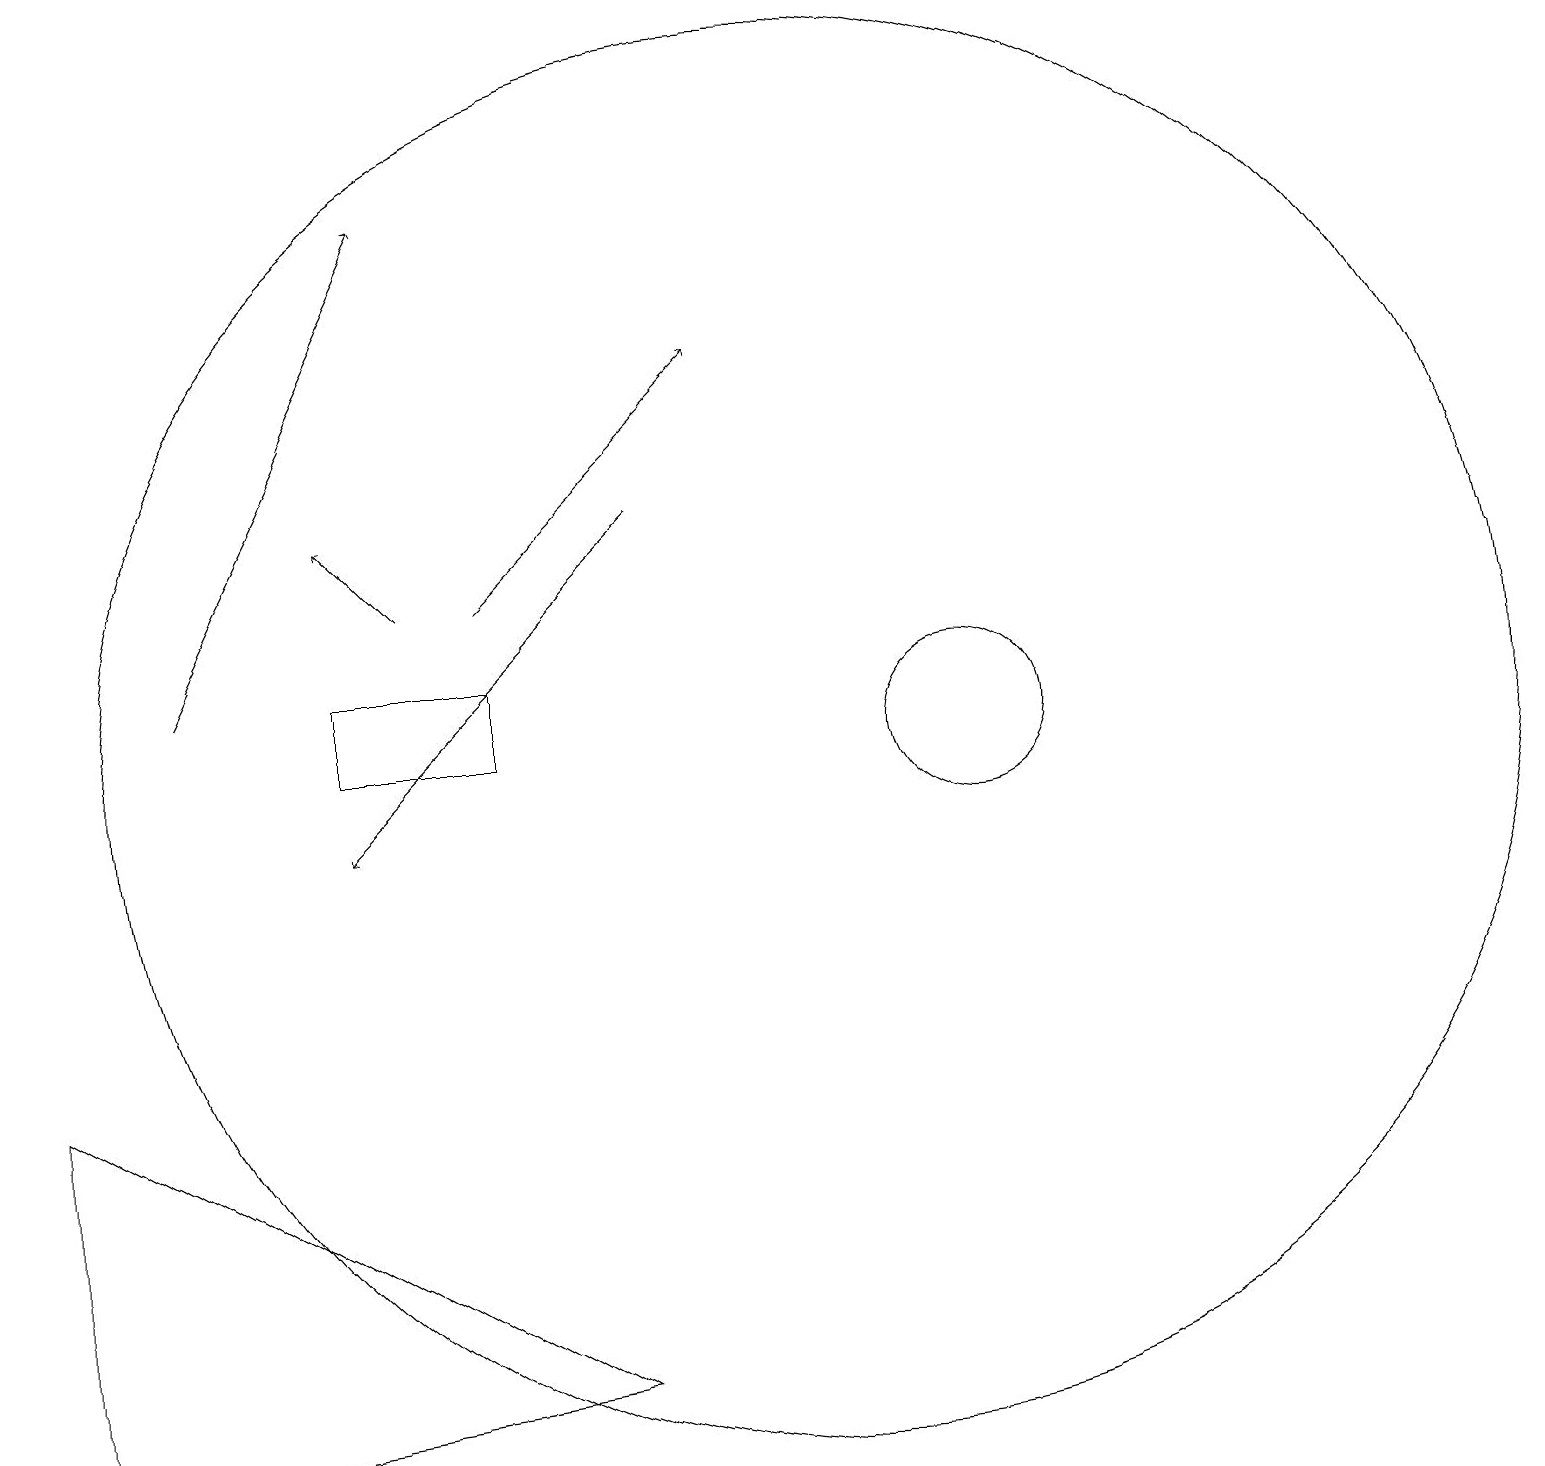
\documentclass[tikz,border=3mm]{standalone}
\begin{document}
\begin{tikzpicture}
\draw (0,2) -- (0,7) -- (7,3) -- cycle;
\draw[->] (2,12) -- (5,18);
\draw[->] (6,13) -- (9,16);
\draw[->] (5,13) -- (4,14);
\draw (4,12) rectangle (6,11);
\draw[->] (8,14) -- (4,10);
\draw (12,11) circle (1);
\draw (10,11) circle (9);
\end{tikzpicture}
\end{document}